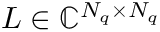
\boldsymbol { L } \in \mathbb { C } ^ { N _ { q } \times N _ { q } }